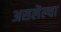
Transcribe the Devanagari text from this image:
असलॆल्या